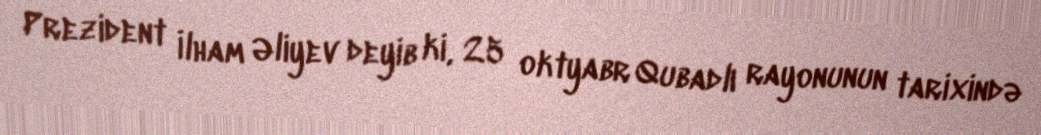
Prezident İlham Əliyev deyib ki, 25 oktyabr Qubadlı rayonunun tarixində